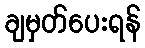
ချမှတ်ပေးရန်